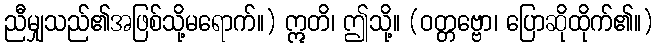
ညီမျှသည်၏အဖြစ်သို့မရောက်။) ဣတိ၊ ဤသို့။ (ဝတ္တဗ္ဗော၊ ပြောဆိုထိုက်၏။)